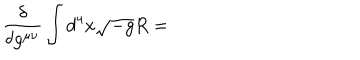
\frac { \delta } { \delta g ^ { \mu \nu } } \int d ^ { 4 } x \sqrt { - g } R =